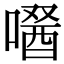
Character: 𠼣